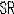
SR